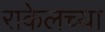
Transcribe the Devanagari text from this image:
राकेलच्या